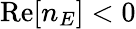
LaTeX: \mathrm{Re}[n_{E}]<0